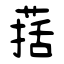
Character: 葀